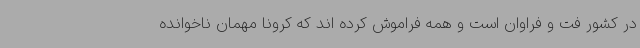
در کشور فت و فراوان است و همه فراموش کرده اند که کرونا مهمان ناخوانده